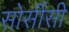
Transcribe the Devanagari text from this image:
सोर्सीसी